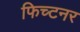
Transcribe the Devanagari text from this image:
फिच्टनर